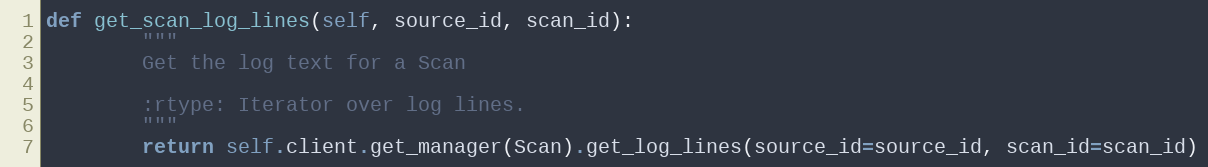
Language: Python
def get_scan_log_lines(self, source_id, scan_id):
        """
        Get the log text for a Scan

        :rtype: Iterator over log lines.
        """
        return self.client.get_manager(Scan).get_log_lines(source_id=source_id, scan_id=scan_id)